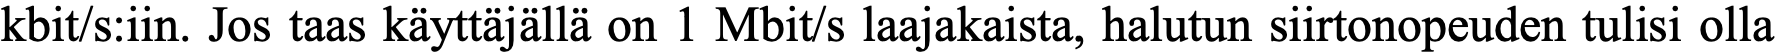
kbit/s:iin. Jos taas käyttäjällä on 1 Mbit/s laajakaista, halutun siirtonopeuden tulisi olla